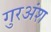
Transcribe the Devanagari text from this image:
गुरअंश